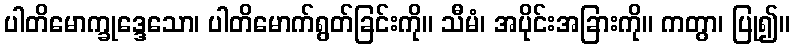
ပါတိမောက္ခုဒ္ဒေသော၊ ပါတိမောက်ရွတ်ခြင်းကို။ သီမံ၊ အပိုင်းအခြားကို။ ကတွာ၊ ပြု၍။